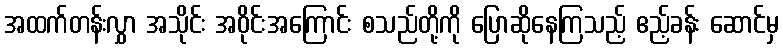
အထက်တန်းလွှာ အသိုင်း အဝိုင်းအကြောင်း စသည်တို့ကို ပြောဆိုနေကြသည့် ဧည့်ခန်း ဆောင်မှ